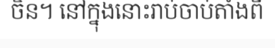
ចិន។ នៅក្នុងនោះរាប់ចាប់តាំងពី